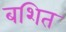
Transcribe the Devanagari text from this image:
बशित